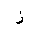
Letter: _zay